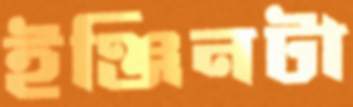
ইঞ্জিনটা